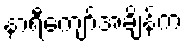
နာရီကျော်အချိန်က